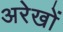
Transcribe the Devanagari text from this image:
अरेखों